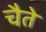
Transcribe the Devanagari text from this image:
चैते